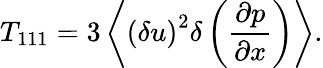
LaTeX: {T_{111}=3\left\langle{\left(\delta u\right)^{2}\delta\left(\frac{\partial p}{\partial x}\right)}\right\rangle}.